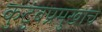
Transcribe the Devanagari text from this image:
कुटुंबप्रमुखाचे